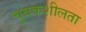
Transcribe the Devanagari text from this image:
चुबकशीलता